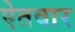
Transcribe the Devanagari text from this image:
ऐतवार